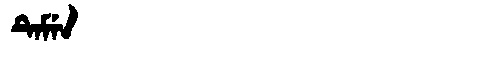
Manchu: ᡨᡝᠮᡝᠨ
Romanization: TEMEN